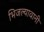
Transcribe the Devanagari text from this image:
भिजल्यावानी